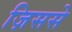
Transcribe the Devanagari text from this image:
ज़िससे